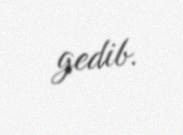
gedib.